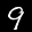
Label: 9